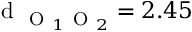
\mathrm { ~ d ~ } _ { \mathrm { ~ O ~ } _ { 1 } \mathrm { ~ O ~ } _ { 2 } } = 2 . 4 5